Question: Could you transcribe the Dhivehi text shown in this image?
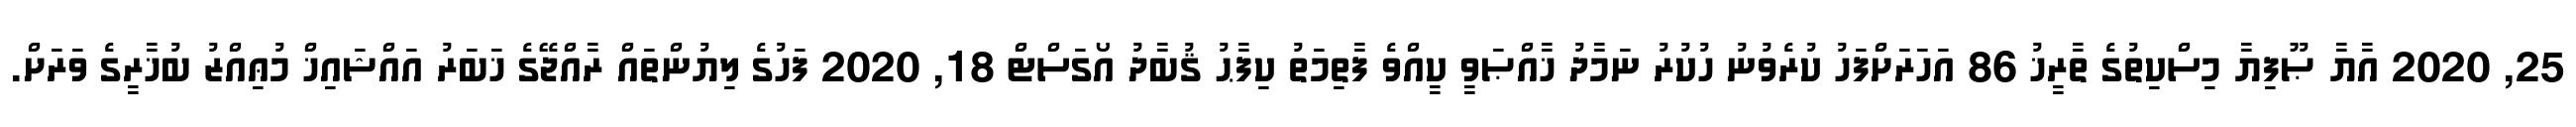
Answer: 25, 2020 އާޔާ ޞޫފިޔާ މިސްކިތުގެ ތާރީޚު 86 އަހަރަށްފަހު ކުރެވުނު ހުކުރު ނަމާދު ޚާއްޞަވީ ކީއްވެ ފާތިމަތު ކިފާޙު ޤުބާދު އޯގަސްޓް 18, 2020 ފަހުގެ ލިޔުންތައް ރާއްޖޭގެ ޚަބަރު އައްޝައިޚް މުޢިއްޒު ބުޚާރީގެ ވަރަށް.